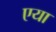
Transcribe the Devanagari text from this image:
एया